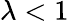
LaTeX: \lambda<1